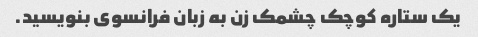
یک ستاره کوچک چشمک زن به زبان فرانسوی بنویسید.